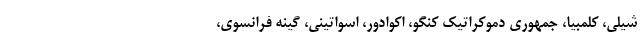
شیلی، کلمبیا، جمهوری دموکراتیک کنگو، اکوادور، اسواتینی، گینه فرانسوی،